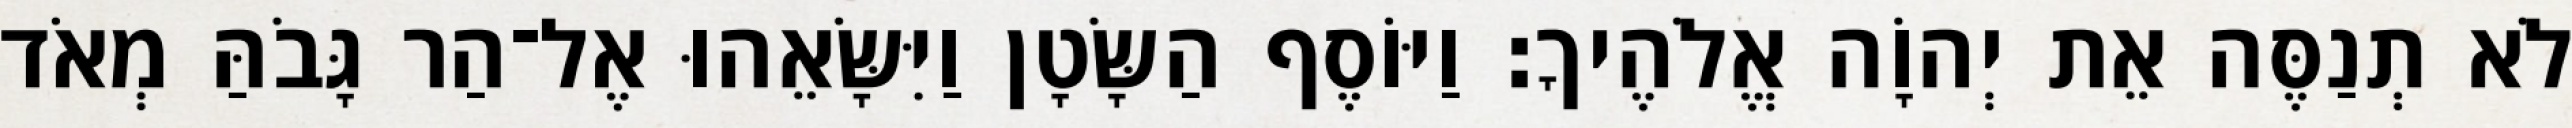
לֹא תְנַסֶּה אֵת יְהוָֹה אֱלֹהֶיךָ׃ וַיּוֹסֶף הַשָּׂטָן וַיִּשָּׂאֵהוּ אֶל־הַר גָּבֹהַּ מְאֹד